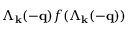
\Lambda _ { { \bf { k } } } ( - { \bf { q } } ) f ( \Lambda _ { { \bf { k } } } ( - { \bf { q } } ) )